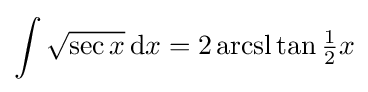
\int {\sqrt {\sec x}}\,\mathrm {d} x={2\operatorname {arcsl} }\tan {\tfrac {1}{2}}x